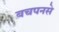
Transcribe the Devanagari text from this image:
बचपनसे